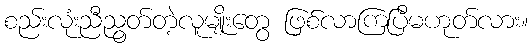
စည်းလုံးညီညွတ်တဲ့လူမျိုးတွေ ဖြစ်လာကြပြီမဟုတ်လား။